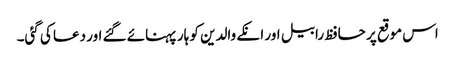
اس موقع پر حافظ رابیل اور انکے والدین کو ہار پہنائے گئے اور دعا کی گئی۔